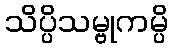
သိပ္ပိသမ္ဗုကမ္ပိ